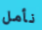
نأمل